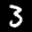
Label: 3